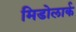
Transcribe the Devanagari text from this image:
मिडोलार्क